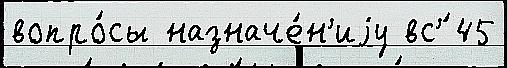
вопро́сы назначе́н'иjу вс'́ 45